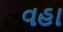
વહા